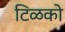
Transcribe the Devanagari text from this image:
टिळको